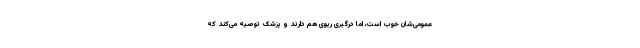
عمومی‌شان خوب است، اما درگیری ریوی هم دارند و پزشک توصیه می‌کند که